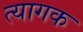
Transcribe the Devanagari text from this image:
त्यागक